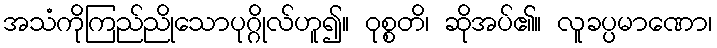
အသံကိုကြည်ညိုသောပုဂ္ဂိုလ်ဟူ၍။ ဝုစ္စတိ၊ ဆိုအပ်၏။ လူခပ္ပမာဏော၊